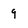
Character: 9